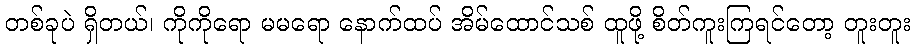
တစ်ခုပဲ ရှိတယ်၊ ကိုကိုရော မမရော နောက်ထပ် အိမ်ထောင်သစ် ထူဖို့ စိတ်ကူးကြရင်တော့ တူးတူး